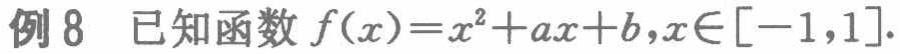
例8 已知函数 \(f(x)=x^{2}+ax + b,x\in[-1,1]\).